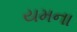
યમના